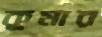
কুমার